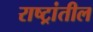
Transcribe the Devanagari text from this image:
राष्ट्रांतील